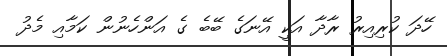
ހޭދަ ކުރިއިރު ރާދާ އަކީ އޭނަގެ ބޭބެ ގެ އަންހެނުން ކަމާއި މެދު